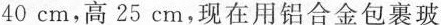
40cm，高25cm，现在用铝合金包裹玻